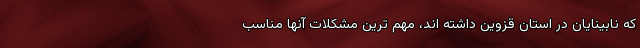
که نابینایان در استان قزوین داشته اند، مهم ترین مشکلات آنها مناسب